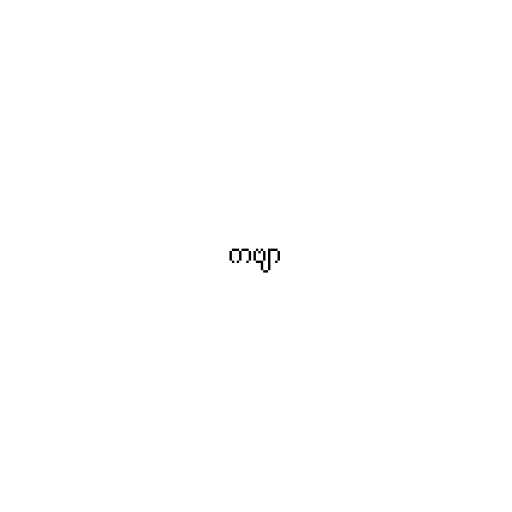
ကဗျာ